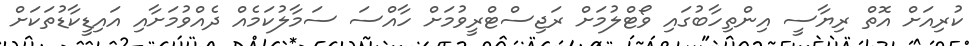
ކުރިއަށް އޮތް ރިޔާސީ އިންތިހާބުގައި ވޯޓްލުމަށް ރަޖިސްޓްރީވުމަށް ހާއްސަ ސަމާލުކަމެއް ދެއްވުމަށާއި އައިޑީކާޑުތަކަށް